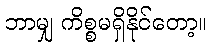
ဘာမျှ ကိစ္စမရှိနိုင်တော့။